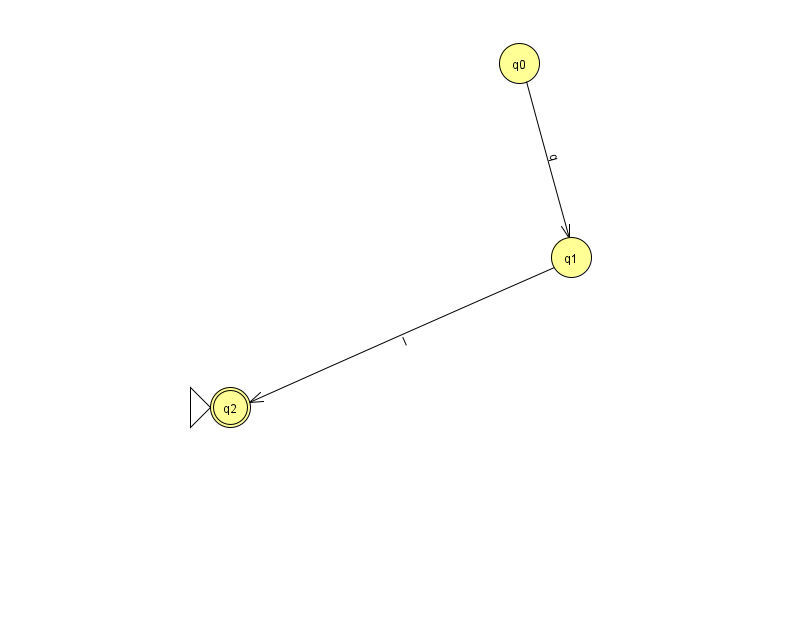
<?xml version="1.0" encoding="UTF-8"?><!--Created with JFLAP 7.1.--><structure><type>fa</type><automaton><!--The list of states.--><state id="0" name="q0"><x>519.0</x><y>50.0</y></state><state id="1" name="q1"><x>571.0</x><y>244.0</y></state><state id="2" name="q2"><x>230.0</x><y>394.0</y><initial/><final/></state><!--The list of transitions.--><transition><from>1</from><to>2</to><read>I</read></transition><transition><from>0</from><to>1</to><read>q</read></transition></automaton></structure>